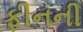
ફીનની